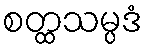
စတ္ထသမ္ပဒံ